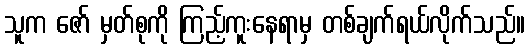
သူက ဇော် မှတ်စုကို ကြည့်ကူးနေရာမှ တစ်ချက်ရယ်လိုက်သည်။